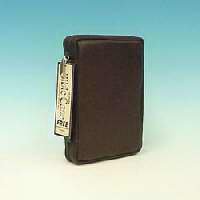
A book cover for Brown Leather Bible Cover; Bob Siemon Designs; Christian Books & Bibles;